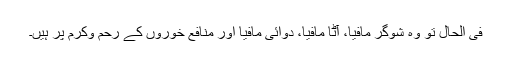
فی الحال تو وہ شوگر مافیا، آٹا مافیا، دوائی مافیا اور منافع خوروں کے رحم وکرم پر ہیں۔